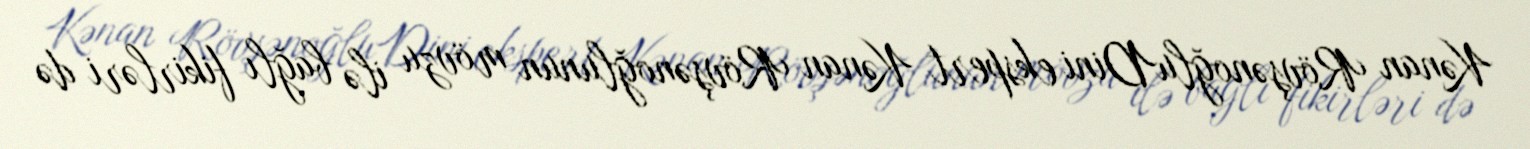
Kənan RövşənoğluDini ekspert Kənan Rövşənoğlunun mövzu ilə bağlı fikirləri də